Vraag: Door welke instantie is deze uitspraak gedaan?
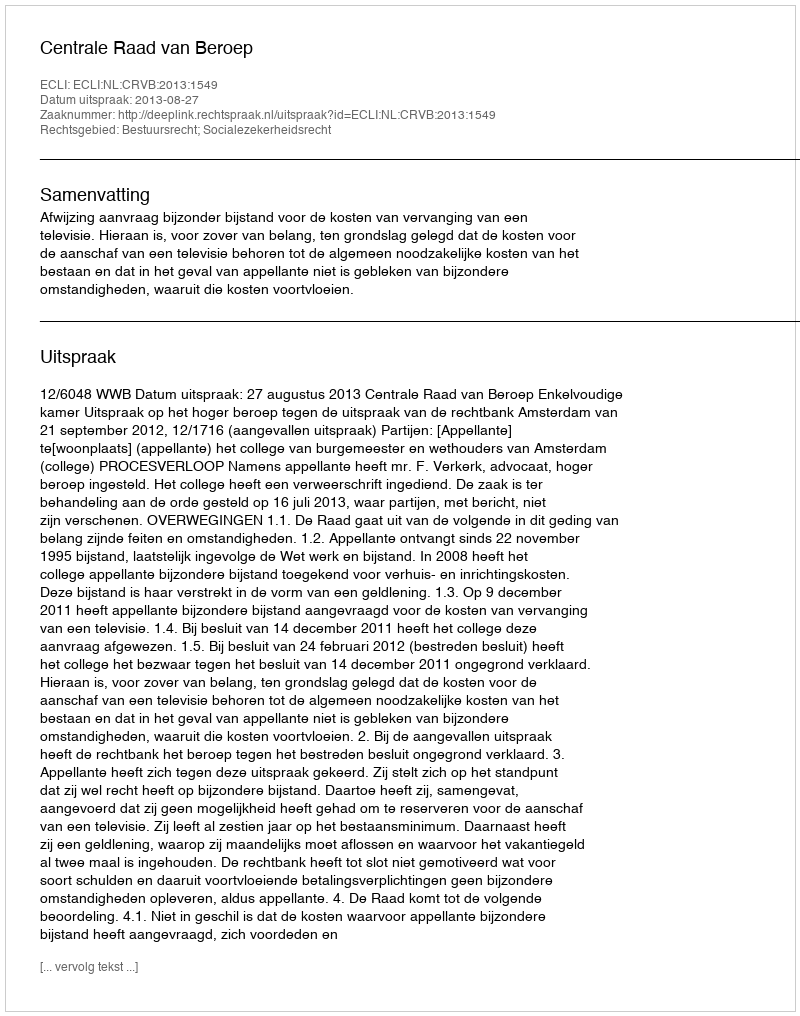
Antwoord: Centrale Raad van Beroep